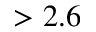
> 2 . 6